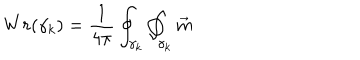
W r ( \gamma _ { k } ) = \frac 1 { 4 \pi } \oint _ { \gamma _ { k } } \oint _ { \gamma _ { k } } \vec { m }